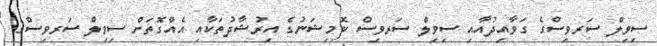
ސިވިލް ސަރވިސްގެ ގަވާއިދުއާއި ސިވިލް ސަރވިސް ކޮމިޝަނުގެ އިރުޝާދުތަކާއި އެއްގޮތަށް ސިވިލް ސަރވިސްގެ